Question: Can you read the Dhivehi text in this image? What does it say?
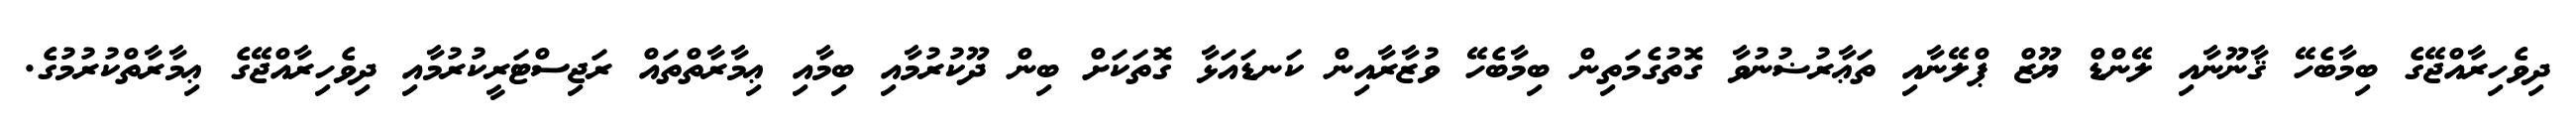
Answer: ދިވެހިރާއްޖޭގެ ބިމާބެހޭ ޤާނޫނާއި ލޭންޑް ޔޫޒް ޕްލޭނާއި ތަޢާރުޟުނުވާ ގޮތުގެމަތިން ބިމާބެހޭ ވުޒާރާއިން ކަނޑައަޅާ ގޮތަކަށް ބިން ދޫކުރުމާއި ބިމާއި ޢިމާރާތްތައް ރަޖިސްޓަރީކުރުމާއި ދިވެހިރާއްޖޭގެ ޢިމާރާތްކުރުމުގެ.